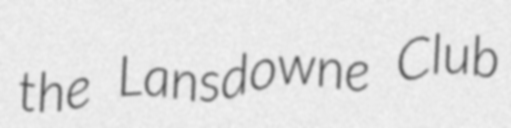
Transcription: the Lansdowne Club